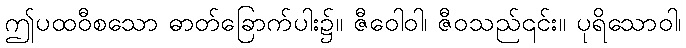
ဤပထဝီစသော ဓာတ်ခြောက်ပါး၌။ ဇီဝေါဝါ၊ ဇီဝသည်၎င်း။ ပုရိသောဝါ၊